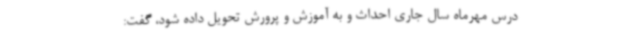
درس مهرماه سال جاری احداث و به آموزش و پرورش تحویل داده شود، گفت: